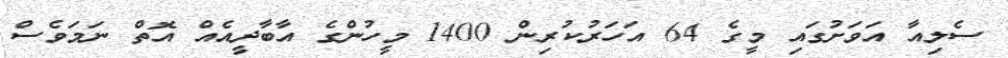
ސެލިއާ އަވަށުގައި މީގެ 64 އަހަރުކުރިން 1400 މީހުންގެ އާބާދީއެއް އޮތް ނަމަވެސް